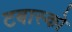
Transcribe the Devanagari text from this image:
टबास्को